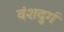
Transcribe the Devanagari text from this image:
वंशदुर्ग